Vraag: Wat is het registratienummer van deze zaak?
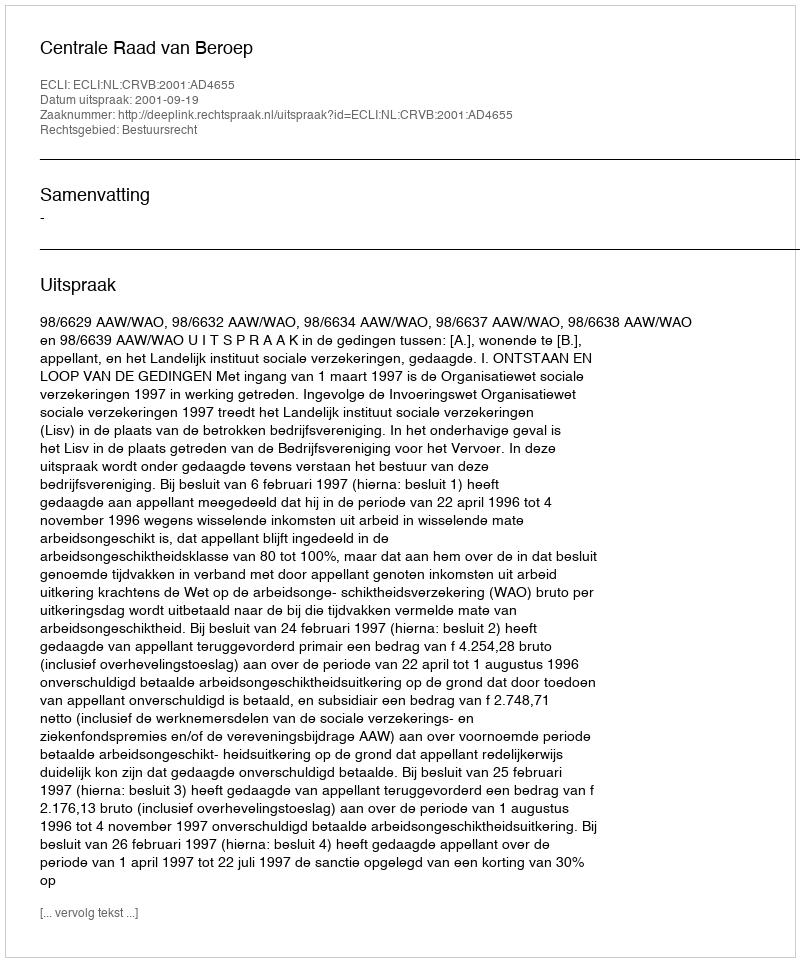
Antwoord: http://deeplink.rechtspraak.nl/uitspraak?id=ECLI:NL:CRVB:2001:AD4655